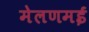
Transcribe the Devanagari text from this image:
मेलणमई